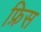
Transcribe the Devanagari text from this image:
फ्रिस